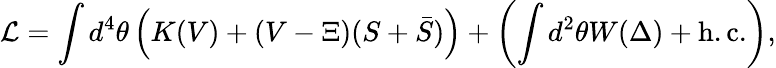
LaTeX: {\cal L}=\int d^{4}\theta\left(K(V)+(V-\Xi)(S+\bar{S})\right)+\left(\int d^{2}\theta W(\Delta)+\mathrm{h.c.}\right),